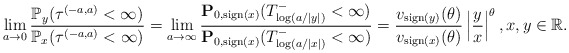
\begin{align*}\lim_{a\to0}\frac{\mathbb{P}_y(\tau^{(-a,a)}<\infty)}{\mathbb{P}_x(\tau^{(-a,a)}<\infty)} = \lim_{a\to\infty}\frac{ \mathbf{P}_{0, {\rm sign}(x)}(T^-_{\log (a/|y|)}<\infty)}{ \mathbf{P}_{0, {\rm sign}(x)}(T^-_{\log (a/|x|)}<\infty)} = \frac{v_{{\rm sign}(y)}(\theta)}{v_{{\rm sign}(x)}(\theta)}\left|\frac{y}{x}\right|^\theta, x,y\in\mathbb{R}.\end{align*}